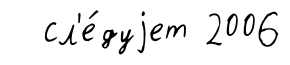
сл'е́дуjет 2006